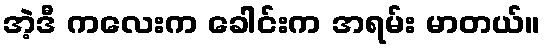
အဲ့ဒီ ကလေးက ခေါင်းက အရမ်း မာတယ်။